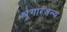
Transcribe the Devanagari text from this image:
श्रृंगारजन्य